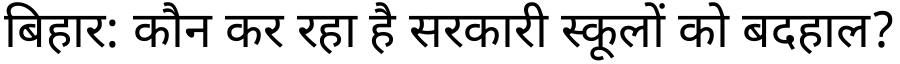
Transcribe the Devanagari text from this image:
बिहार: कौन कर रहा है सरकारी स्कूलों को बदहाल?